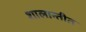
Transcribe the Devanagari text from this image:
शालान्तीत